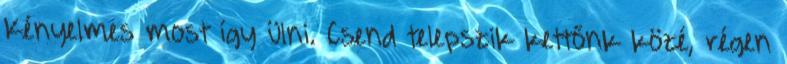
Kényelmes most így ülni. Csend telepszik kettőnk közé, régen